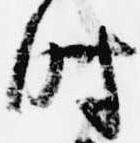
時